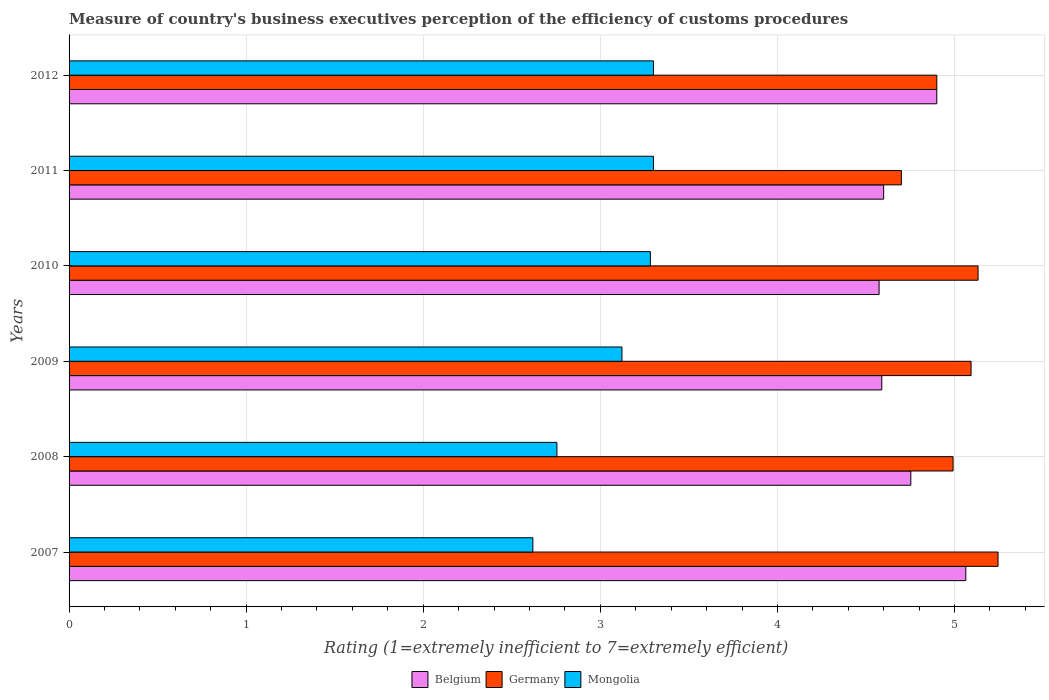
| Years | Belgium | Germany | Mongolia |
 | --- | --- | --- | --- |
 | 2007 | 5.06 | 5.25 | 2.62 |
 | 2008 | 4.75 | 4.99 | 2.75 |
 | 2009 | 4.59 | 5.09 | 3.12 |
 | 2010 | 4.57 | 5.13 | 3.28 |
 | 2011 | 4.6 | 4.7 | 3.3 |
 | 2012 | 4.9 | 4.9 | 3.3 |